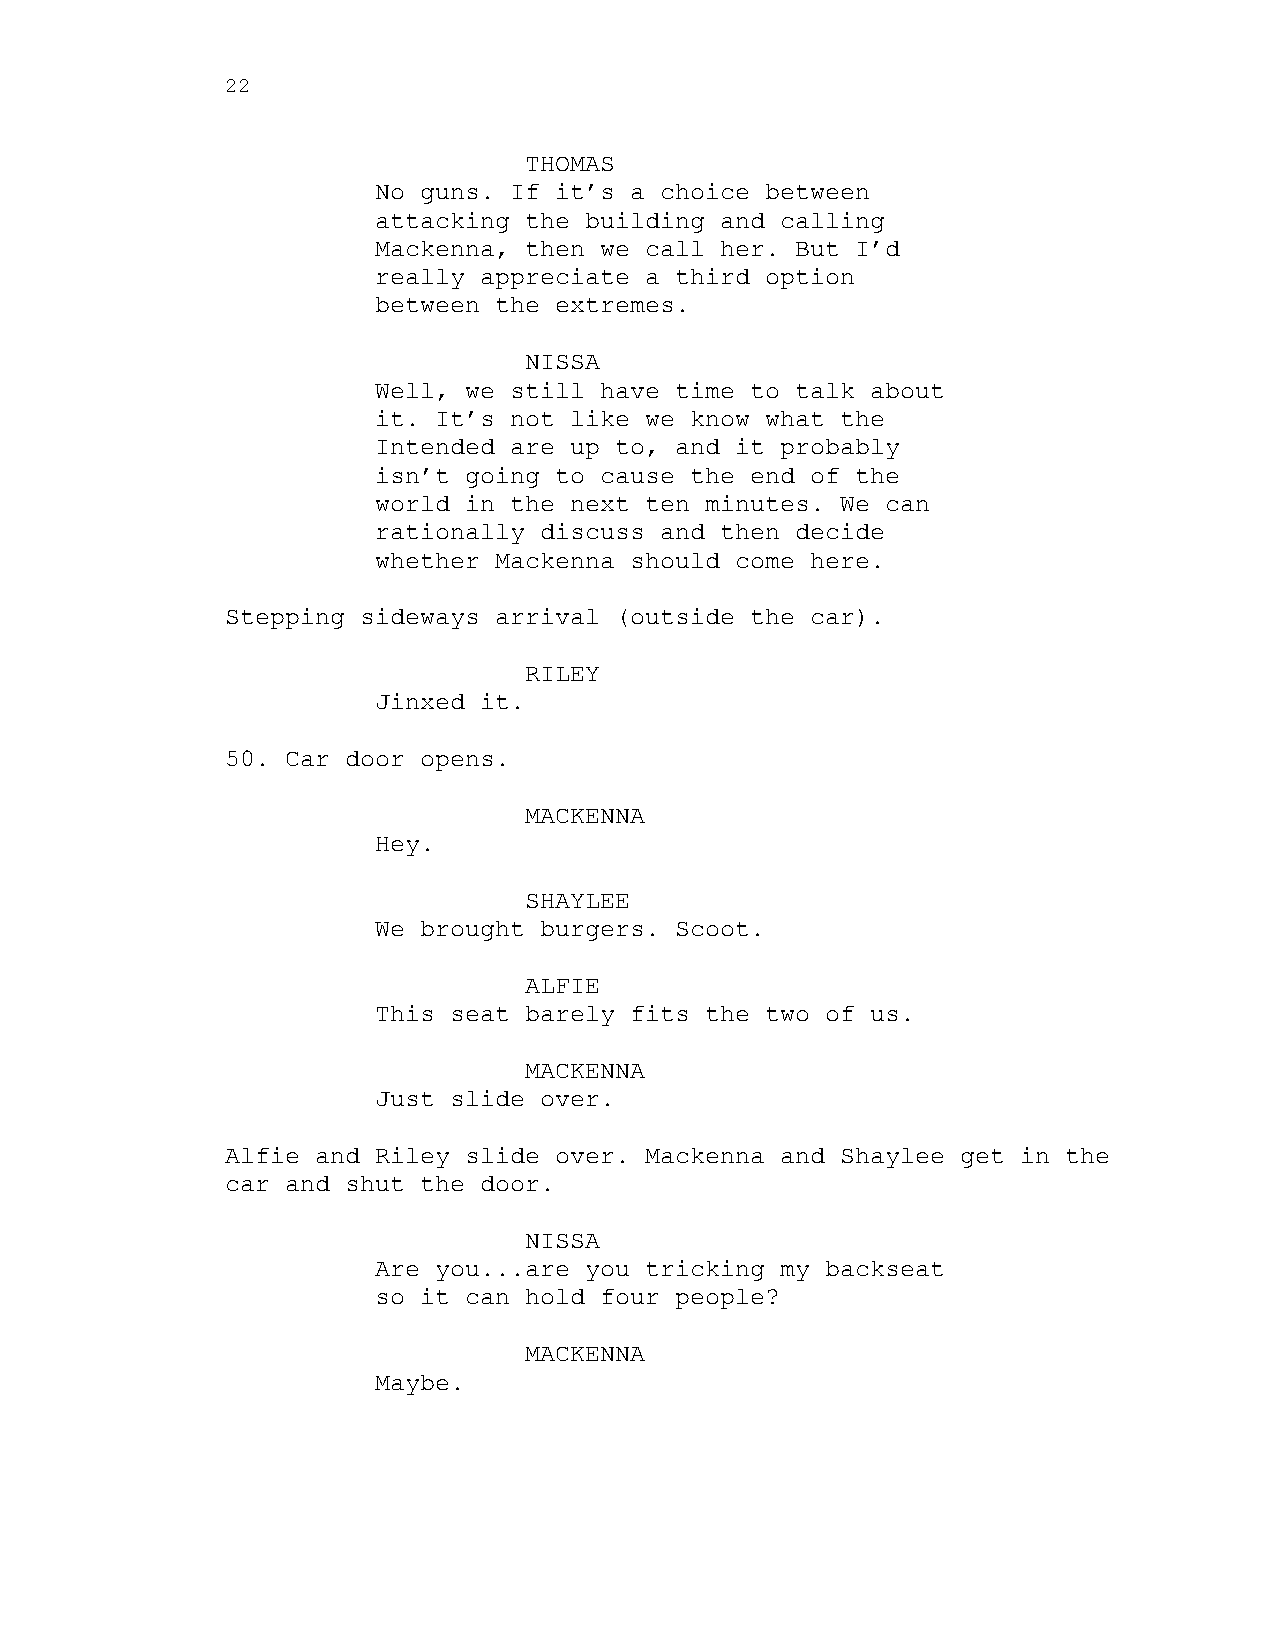
22
 THOMAS
 No guns. If it’s a choice between
 attacking the building and calling
 Mackenna, then we call her. But I’d
 really appreciate a third option
 between the extremes.
 NISSA
 Well, we still have time to talk about
 it. It’s not like we know what the
 Intended are up to, and it probably
 isn’t going to cause the end of the
 world in the next ten minutes. We can
 rationally discuss and then decide
 whether Mackenna should come here.
 Stepping sideways arrival (outside the car).
 RILEY
 Jinxed it.
 50. Car door opens.
 MACKENNA
 Hey.
 SHAYLEE
 We brought burgers. Scoot.
 ALFIE
 This seat barely fits the two of us.
 MACKENNA
 Just slide over.
 Alfie and Riley slide over. Mackenna and Shaylee get in the
 car and shut the door.
 NISSA
 Are you...are you tricking my backseat
 so it can hold four people?
 MACKENNA
 Maybe.